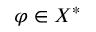
\varphi \in X ^ { * }